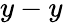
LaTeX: y-y